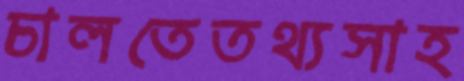
চালতেতথ্যসাহ